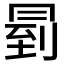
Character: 𠕥